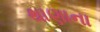
થાણાના